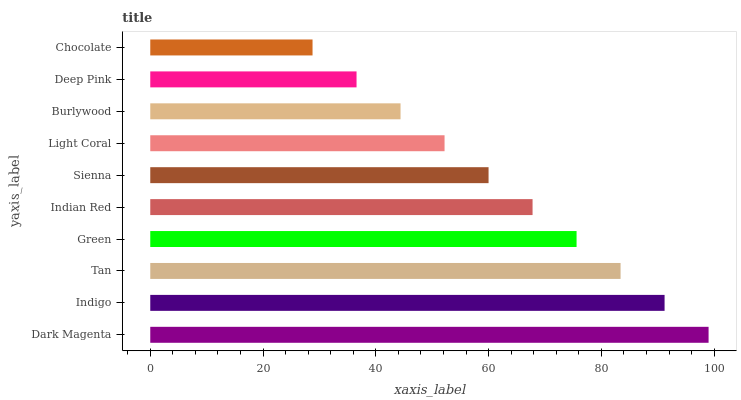
| yaxis_label | bars |
 | --- | --- |
 | Dark Magenta | 99 |
 | Indigo | 91.2 |
 | Tan | 83.4 |
 | Green | 75.6 |
 | Indian Red | 67.8 |
 | Sienna | 60 |
 | Light Coral | 52.2 |
 | Burlywood | 44.4 |
 | Deep Pink | 36.6 |
 | Chocolate | 28.8 |